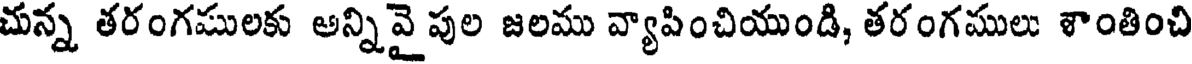
చున్న తరంగములకు అన్నివై పుల జలము వ్యాపించియుండి, తరంగములు శాంతించి